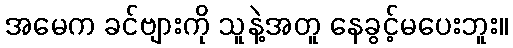
အမေက ခင်ဗျားကို သူနဲ့အတူ နေခွင့်မပေးဘူး။